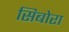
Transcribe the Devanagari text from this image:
सिबोरा